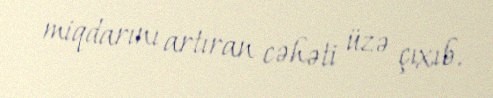
miqdarını artıran cəhəti üzə çıxıb.